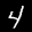
Label: 4